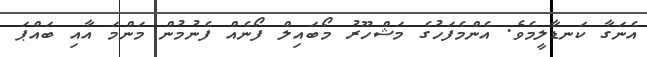
އެނަގާ ކަނޑާލީމެވެ. އެންމެފަހުގެ މަޝްހޫރު މޯބައިލް ފޯނެއް ފެނުމުން މަންމަ އާއި ބައްޕަ